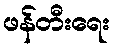
ဖန်တီးရေး